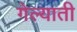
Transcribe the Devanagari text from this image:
गेल्याती